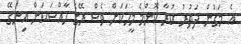
އެ މަގުން ދަތުރު ކުރާ ކޮންމެ މީހަކަށް ވެސް ރޭގެ ހާއްސަކަން އިނގޭ